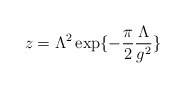
\begin{align*}z=\Lambda^2\exp\{-\frac{\pi}{2}\frac{\Lambda}{g^2}\}\end{align*}